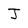
Character: J